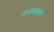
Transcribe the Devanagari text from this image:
राजसत्तेत